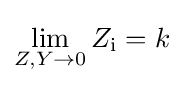
\lim _{Z,Y\to 0}Z_{\mathrm {i} }=k